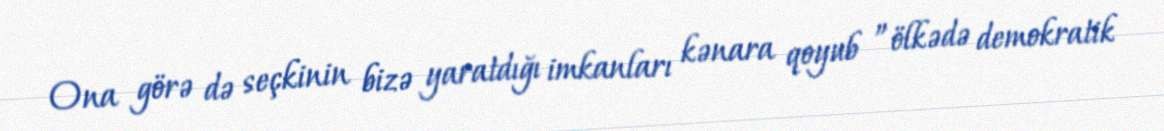
Ona görə də seçkinin bizə yaratdığı imkanları kənara qoyub ”ölkədə demokratik